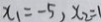
x _ { 1 } = - 5 , x _ { 2 } = 1